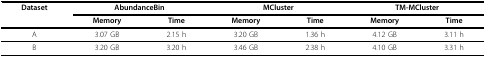
<table><thead><tr><td><b>Dataset</b></td><td colspan="2"><b>AbundanceBin</b></td><td colspan="2"><b>MCluster</b></td><td colspan="2"><b>TM-MCluster</b></td></tr><tr><td></td><td><b>Memory</b></td><td><b>Time</b></td><td><b>Memory</b></td><td><b>Time</b></td><td><b>Memory</b></td><td><b>Time</b></td></tr></thead><tbody><tr><td>A</td><td>3.07 GB</td><td>2.15 h</td><td>3.20 GB</td><td>1.36 h</td><td>4.12 GB</td><td>3.11 h</td></tr><tr><td>B</td><td>3.20 GB</td><td>3.20 h</td><td>3.46 GB</td><td>2.38 h</td><td>4.10 GB</td><td>3.31 h</td></tr></tbody></table>